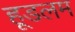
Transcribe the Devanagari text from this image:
हूडलम